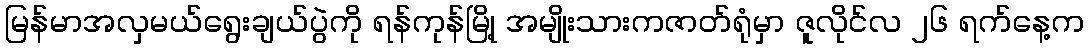
မြန်မာအလှမယ်ရွေးချယ်ပွဲကို ရန်ကုန်မြို့ အမျိုးသားကဇာတ်ရုံမှာ ဇူလိုင်လ ၂၆ ရက်နေ့က